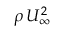
\rho \, U _ { \infty } ^ { 2 }